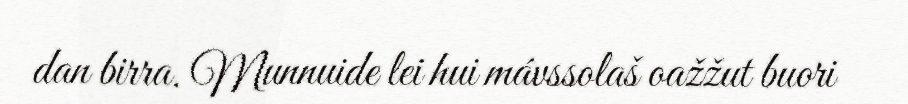
dan birra. Munnuide lei hui mávssolaš oažžut buori